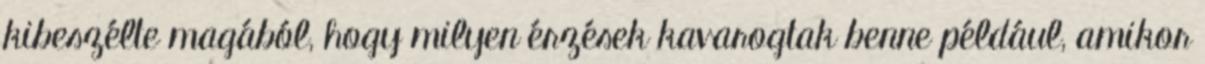
kibeszélte magából, hogy milyen érzések kavarogtak benne például, amikor